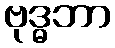
ဗုဒ္ဓဘာ